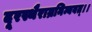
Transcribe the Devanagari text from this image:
दूरस्थैराम्रनिम्बवत्।।